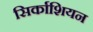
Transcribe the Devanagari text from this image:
सिर्काशियन